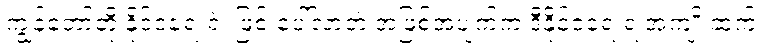
ကျွန်တော်တို့ နိုင်ငံရေးရဲ့ ဖြစ် ပေါ်လာတဲ့ အဖြစ်အပျက်က ဒီနိုင်ငံရေးရဲ့အကျိုးဆက်